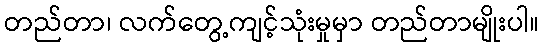
တည်တာ၊ လက်တွေ့ကျင့်သုံးမှုမှာ တည်တာမျိုးပါ။